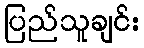
ပြည်သူချင်း